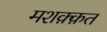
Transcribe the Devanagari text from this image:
मशक़्क़त